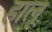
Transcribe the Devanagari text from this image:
हालू